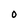
Character: O